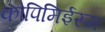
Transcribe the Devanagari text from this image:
कोपिमिईस्म